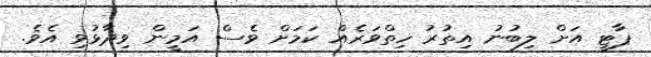
ޕާޓީ އަށް ލިބުނު އިތުރު ހިތްވަރެއް ކަމަށް ވެސް އަމީން ވިދާޅުވި އެވެ.